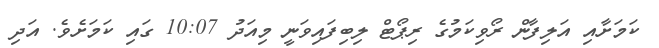
ކަމަށާއި އަލިފާން ރޯވިކަމުގެ ރިޕޯޓް ލިބިފައިވަނީ މިއަދު 10:07 ގައި ކަމަށެވެ. އަދި